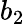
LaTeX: b_{2}